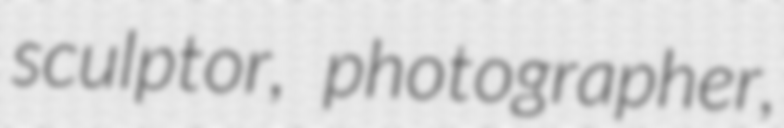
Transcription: sculptor, photographer,